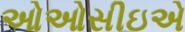
ઓઓસીઇએ